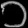
Digit: ၁